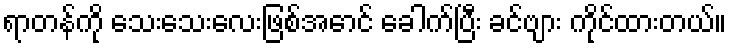
ရာတန်ကို သေးသေးလေးဖြစ်အောင် ခေါက်ပြီး ခင်ဗျား ကိုင်ထားတယ်။